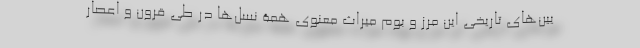
یین‌های تاریخی این مرز و بوم میراث معنوی همۀ نسل‌ها در طی قرون و اعصار